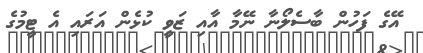
އޭގެ ފަހުން ބާސެލޯނާ ނޭމާ އާއި ޒަވީ ކުޅެން އަރައި އެ ޓީމުގެ